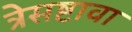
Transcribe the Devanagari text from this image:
त्रेसष्टावा